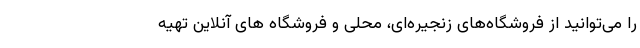
را می‌توانید از فروشگاه‌های زنجیره‌ای، محلی و فروشگاه های آنلاین تهیه